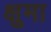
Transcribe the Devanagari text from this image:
क्षुमा